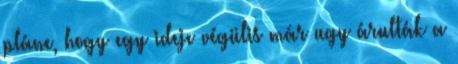
pláne, hogy egy ideje végülis már ugy árulták a